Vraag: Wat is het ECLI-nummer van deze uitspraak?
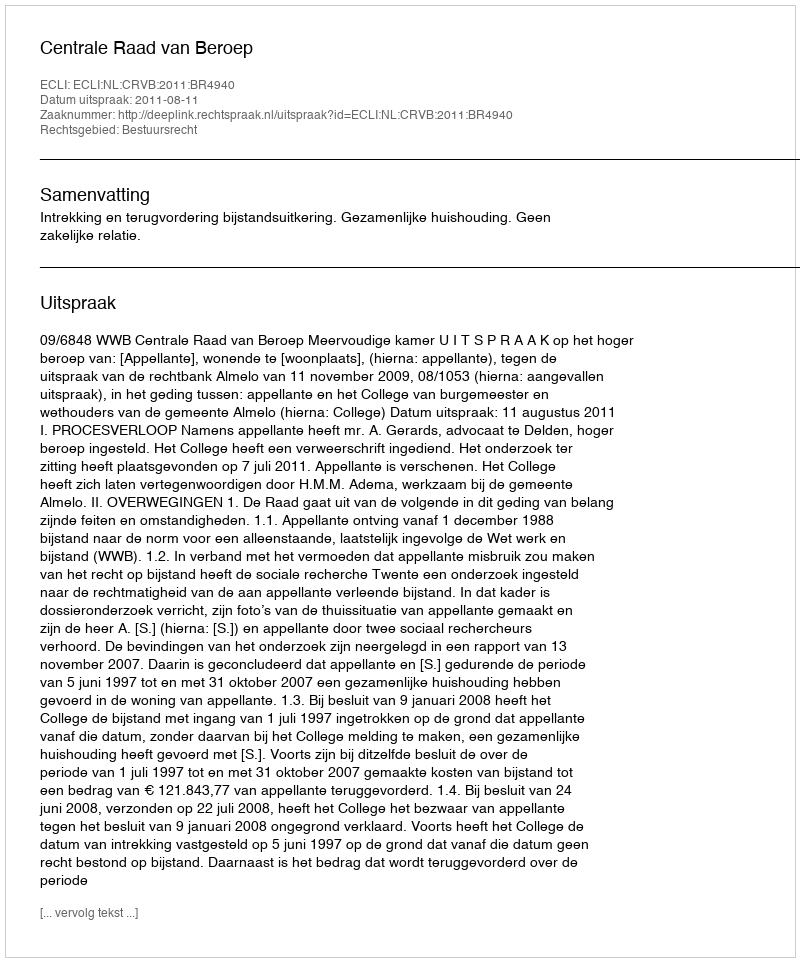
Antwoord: ECLI:NL:CRVB:2011:BR4940